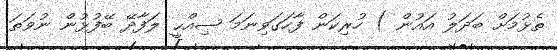
ތެޅުމަށް ބަދަލު އައުން ) ހުރިކަން ފާހަގަވިނަމަ ޞިއްޙީ ލަފާދޭ ބޭފުޅުން ނުވަތަ